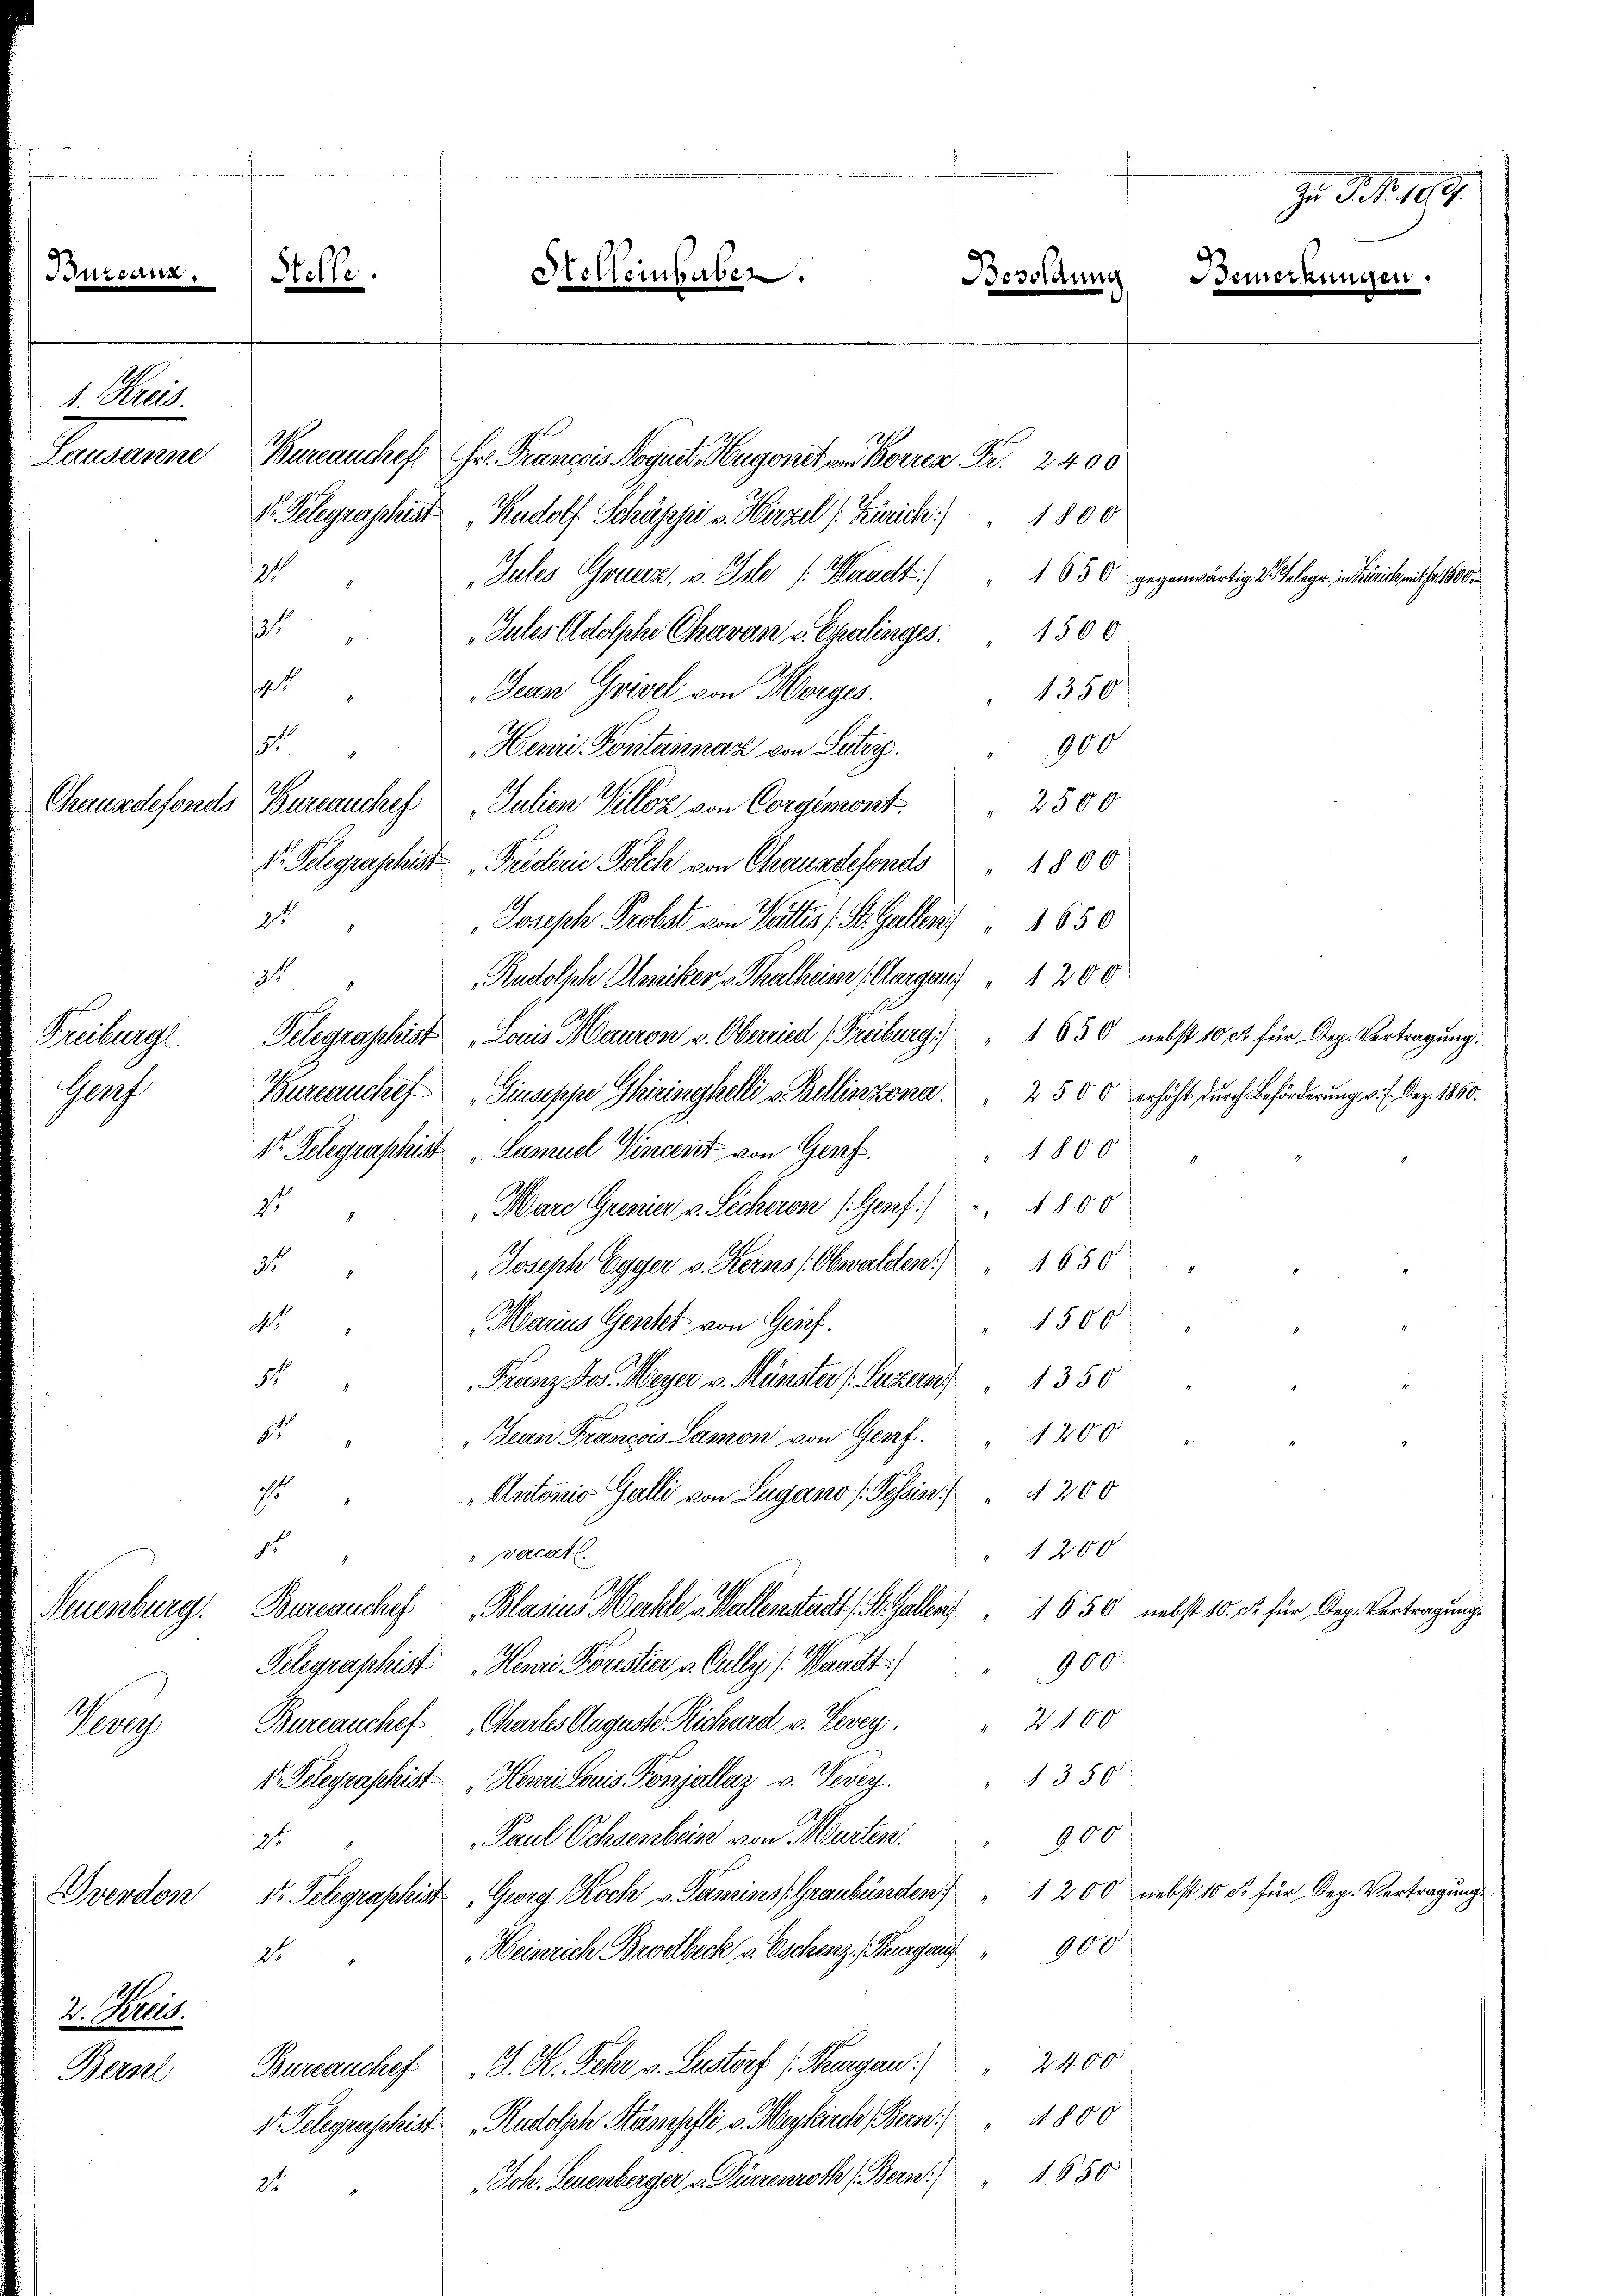
e

1. Kreis.
Trauen

Treibunge
Graf

Bureaucheft Hr. Francis Noquet, Hugonet von Korren Fr. 2400
V. Gelegraphist Rudolf Schäppi v. Hirzel s. Zürich
Jules Gruaz, v. Iste Waadt: " 1 630 gegenwärtig v. Gelege in Zürich mit 1800.
2
Jules Adolphe Chaven v. Spalinges. 1500
9
Jean Grisel von Morges. 1350
91
Henri Pontannaz von Luter.
Chausdefonds Bureauches Julien Villez von Corgemont. 2500
V. Pelegraphist Triderie Polch von Chausdefonds 1800
121
Joseph Probst von Vattes (St. Gallen 1650
1
Rudolph Ameiker v Thalheim (Aargau " 1200
Telegraphist „Louis Mauron v. Oberried (Freiburg: " 1 630 nebst 10 et für Dep. Vertragung:
Bureauchef Giuseppe Giringhelli v. Bellinzona. " 2500 erhöht durch Beförderung v. 7. Dez. 1860.
1r Gelegraphist „Samuel Vincent von Genf. " 1800.
ist
Mare Grenier v. Sicheron (Genf) " 4800
3. " Joseph Egger v. Kerns (Obwalden 1650
Marius Geistet von Geif.
191
5 " Franz Jos. Meyer v. Münster /: Luzern 1350
5 " " Jean Francois Lamon von Genf. 1200
4 " Antonis Galli von Lugano (Tessin:/ 4200
1
1200
vocat.
Neuenburg. Bureauchef Blasius Marke Wallenstadt St. Gallen 1650 nebst 10. Fr. für Dep. Vertragungs
900
Telegraphist Henri Porestier v. Cully (Waadt)
7100
Bureauchef Chartes Auguste Richard v. Vevey.
Kope
1350
V. Gelegraphist „Henri Louis Ponjallaz v. Vevey.
Paul Ochsenbein von Murten.
960
9t
1. Telegraphist, Georg Koch v. Tamins, Graubünden 1200 nebst 10 Fr. für Dep. Vertragung
Dverdon
Heinrich Brodbeck u. Oschenz, Margau " 900
121
d. Prof.
Bureauchef J. K. Fehr v. Lustorf (Thurgau 2400
Bern
1t. Telegraphist Rudolph Stämpfli v. Meykirch, Bern 1800
Joh. Leuenberger u. Dürrenroth (Bern. 1650
21

Helle.

181

f

Helleinhaben.

Besoldun

1800
4

1500

B.

Zu P. Nr. 109.

ikungen.

900